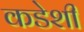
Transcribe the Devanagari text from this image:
कडेशी